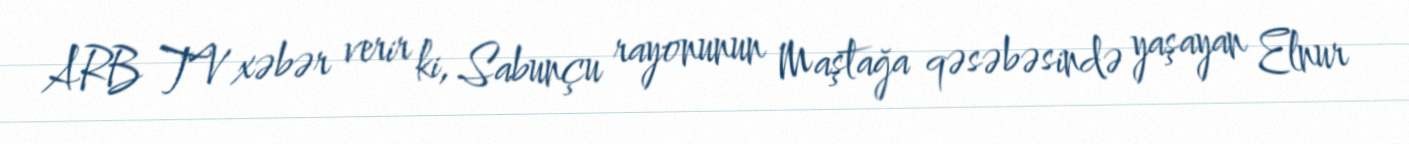
ARB TV xəbər verir ki, Sabunçu rayonunun Maştağa qəsəbəsində yaşayan Elnur